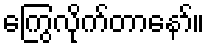
ကြွေလိုက်တာနော်။